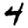
Digit: 4